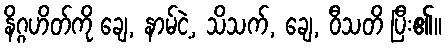
နိဂ္ဂဟိတ်ကို ချေ, နာမ်ငဲ့, သိသက်, ချေ, ဝီသတိ ပြီး၏။